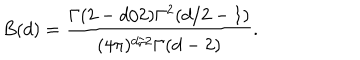
B ( d ) = \frac { \Gamma ( 2 - d / 2 ) \Gamma ^ { 2 } ( d / 2 - 1 ) } { ( 4 \pi ) ^ { d / 2 } \Gamma ( d - 2 ) } .